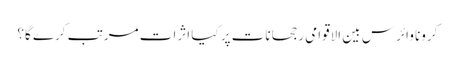
کرونا وائرس بین الاقوامی رجحانات پر کیا اثرات مرتب کرے گا؟